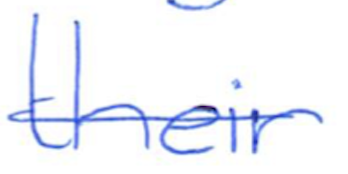
Text: their
Cross-out: single-line
Writing tool: ballpoint